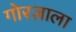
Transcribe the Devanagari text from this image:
गोरज़ाला